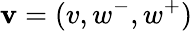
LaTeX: \mathbf{v}=(v,w^{-},w^{+})